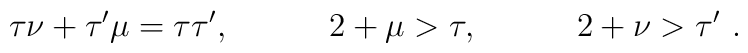
\tau \nu +\tau ^{\prime }\mu =\tau \tau ^{\prime },\quad \qquad 2+\mu >\tau,\quad \qquad 2+\nu >\tau ^{\prime }\,\,.